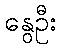
နွေဦး